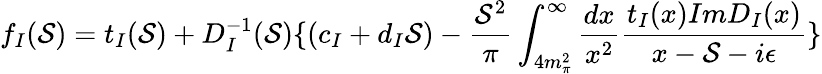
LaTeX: f_{I}(\mathcal{S})=t_{I}(\mathcal{S})+D_{I}^{-1}(\mathcal{S})\{ (c_{I}+d_{I}\mathcal{S})-\frac{{\mathcal{S}^{2}}}{{\pi}}\int_{4m_{\pi}^{2}}^{\infty}\frac{{dx}}{{x^{2}}}\frac{{t_{I}(x)ImD_{I}(x)}}{{x-\mathcal{S}-i\epsilon}}\}